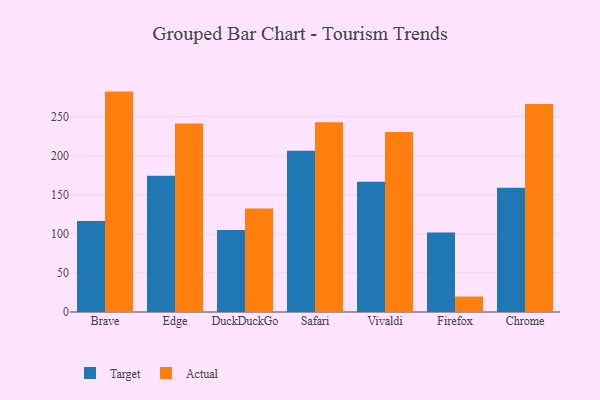
{"axis": {"x": "Browser", "y": "Headcount"}, "legend": ["Actual", "Target"], "data": [{"x": "Brave", "y": 116.6, "type": "Target"}, {"x": "Brave", "y": 282.2, "type": "Actual"}, {"x": "Edge", "y": 174.4, "type": "Target"}, {"x": "Edge", "y": 241.4, "type": "Actual"}, {"x": "DuckDuckGo", "y": 104.9, "type": "Target"}, {"x": "DuckDuckGo", "y": 132.4, "type": "Actual"}, {"x": "Safari", "y": 206.6, "type": "Target"}, {"x": "Safari", "y": 242.9, "type": "Actual"}, {"x": "Vivaldi", "y": 166.9, "type": "Target"}, {"x": "Vivaldi", "y": 230.5, "type": "Actual"}, {"x": "Firefox", "y": 101.8, "type": "Target"}, {"x": "Firefox", "y": 19.8, "type": "Actual"}, {"x": "Chrome", "y": 159.1, "type": "Target"}, {"x": "Chrome", "y": 266.3, "type": "Actual"}]}